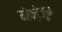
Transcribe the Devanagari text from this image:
मॉक्टेज़ुमा